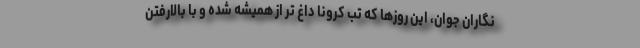
نگاران جوان، این روزها که تب کرونا داغ تر از همیشه شده و با بالارفتن